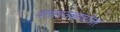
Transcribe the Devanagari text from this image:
वसाहतकाळोत्तर